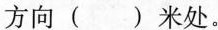
方向( )米处。